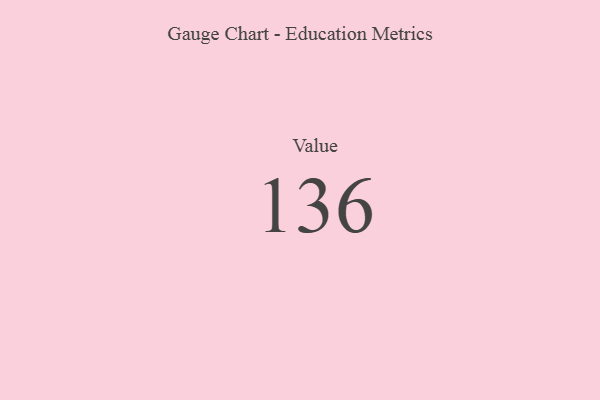
{"axis": {"x": "Metric", "y": "Value"}, "legend": [""], "data": [{"x": "Value", "y": 136, "type": ""}]}